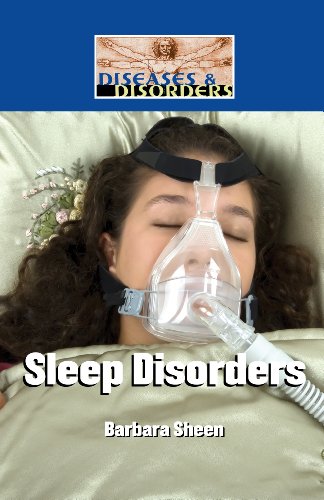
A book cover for Sleep Disorders (Diseases and Disorders); Barbara Sheen Busby; Teen & Young Adult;